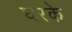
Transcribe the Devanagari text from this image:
घरके